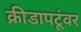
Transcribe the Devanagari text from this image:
क्रीडापटूंवर